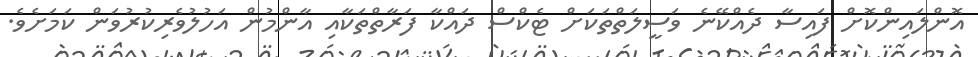
އޮންލައިންކޮށް ފައިސާ ދެއްކޭނެ ވަސީލަތްތަކަށް ޓެކްސް ދައްކާ ފަރާތްތަކާއި އާންމުން އަހުލުވެރިކުރުވަން ކަމަށެވެ.